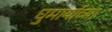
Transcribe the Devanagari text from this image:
घुमार्याच्या